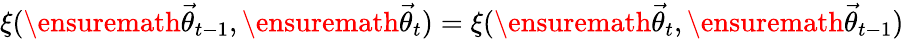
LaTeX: \xi(\ensuremath{\vec{\theta}}_{t-1},\ensuremath{\vec{\theta}}_{t})=\xi(\ensuremath{\vec{\theta}}_{t},\ensuremath{\vec{\theta}}_{t-1})